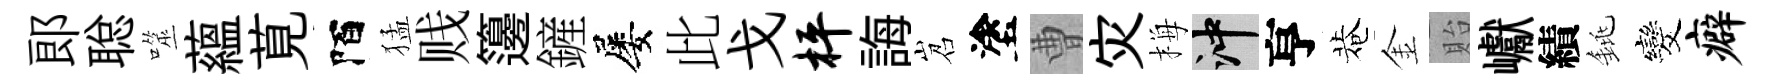
郞聪噬蘊莧陌猛贱籩鏟屡此戈枰誨岧塗曹灾梅冲亨菴金貽巘績銚发癖